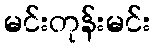
မင်းတုန်းမင်း